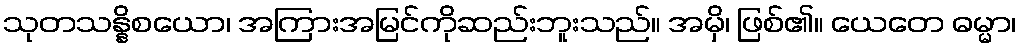
သုတသန္နိစယော၊ အကြားအမြင်ကိုဆည်းဘူးသည်။ အမှိ၊ ဖြစ်၏။ ယေတေ ဓမ္မာ၊